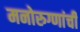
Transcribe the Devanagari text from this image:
मनोरुग्णांची